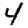
Digit: 4